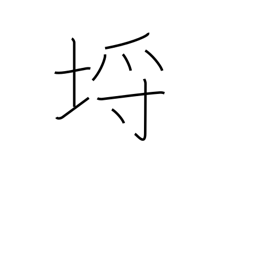
Meaning: limits